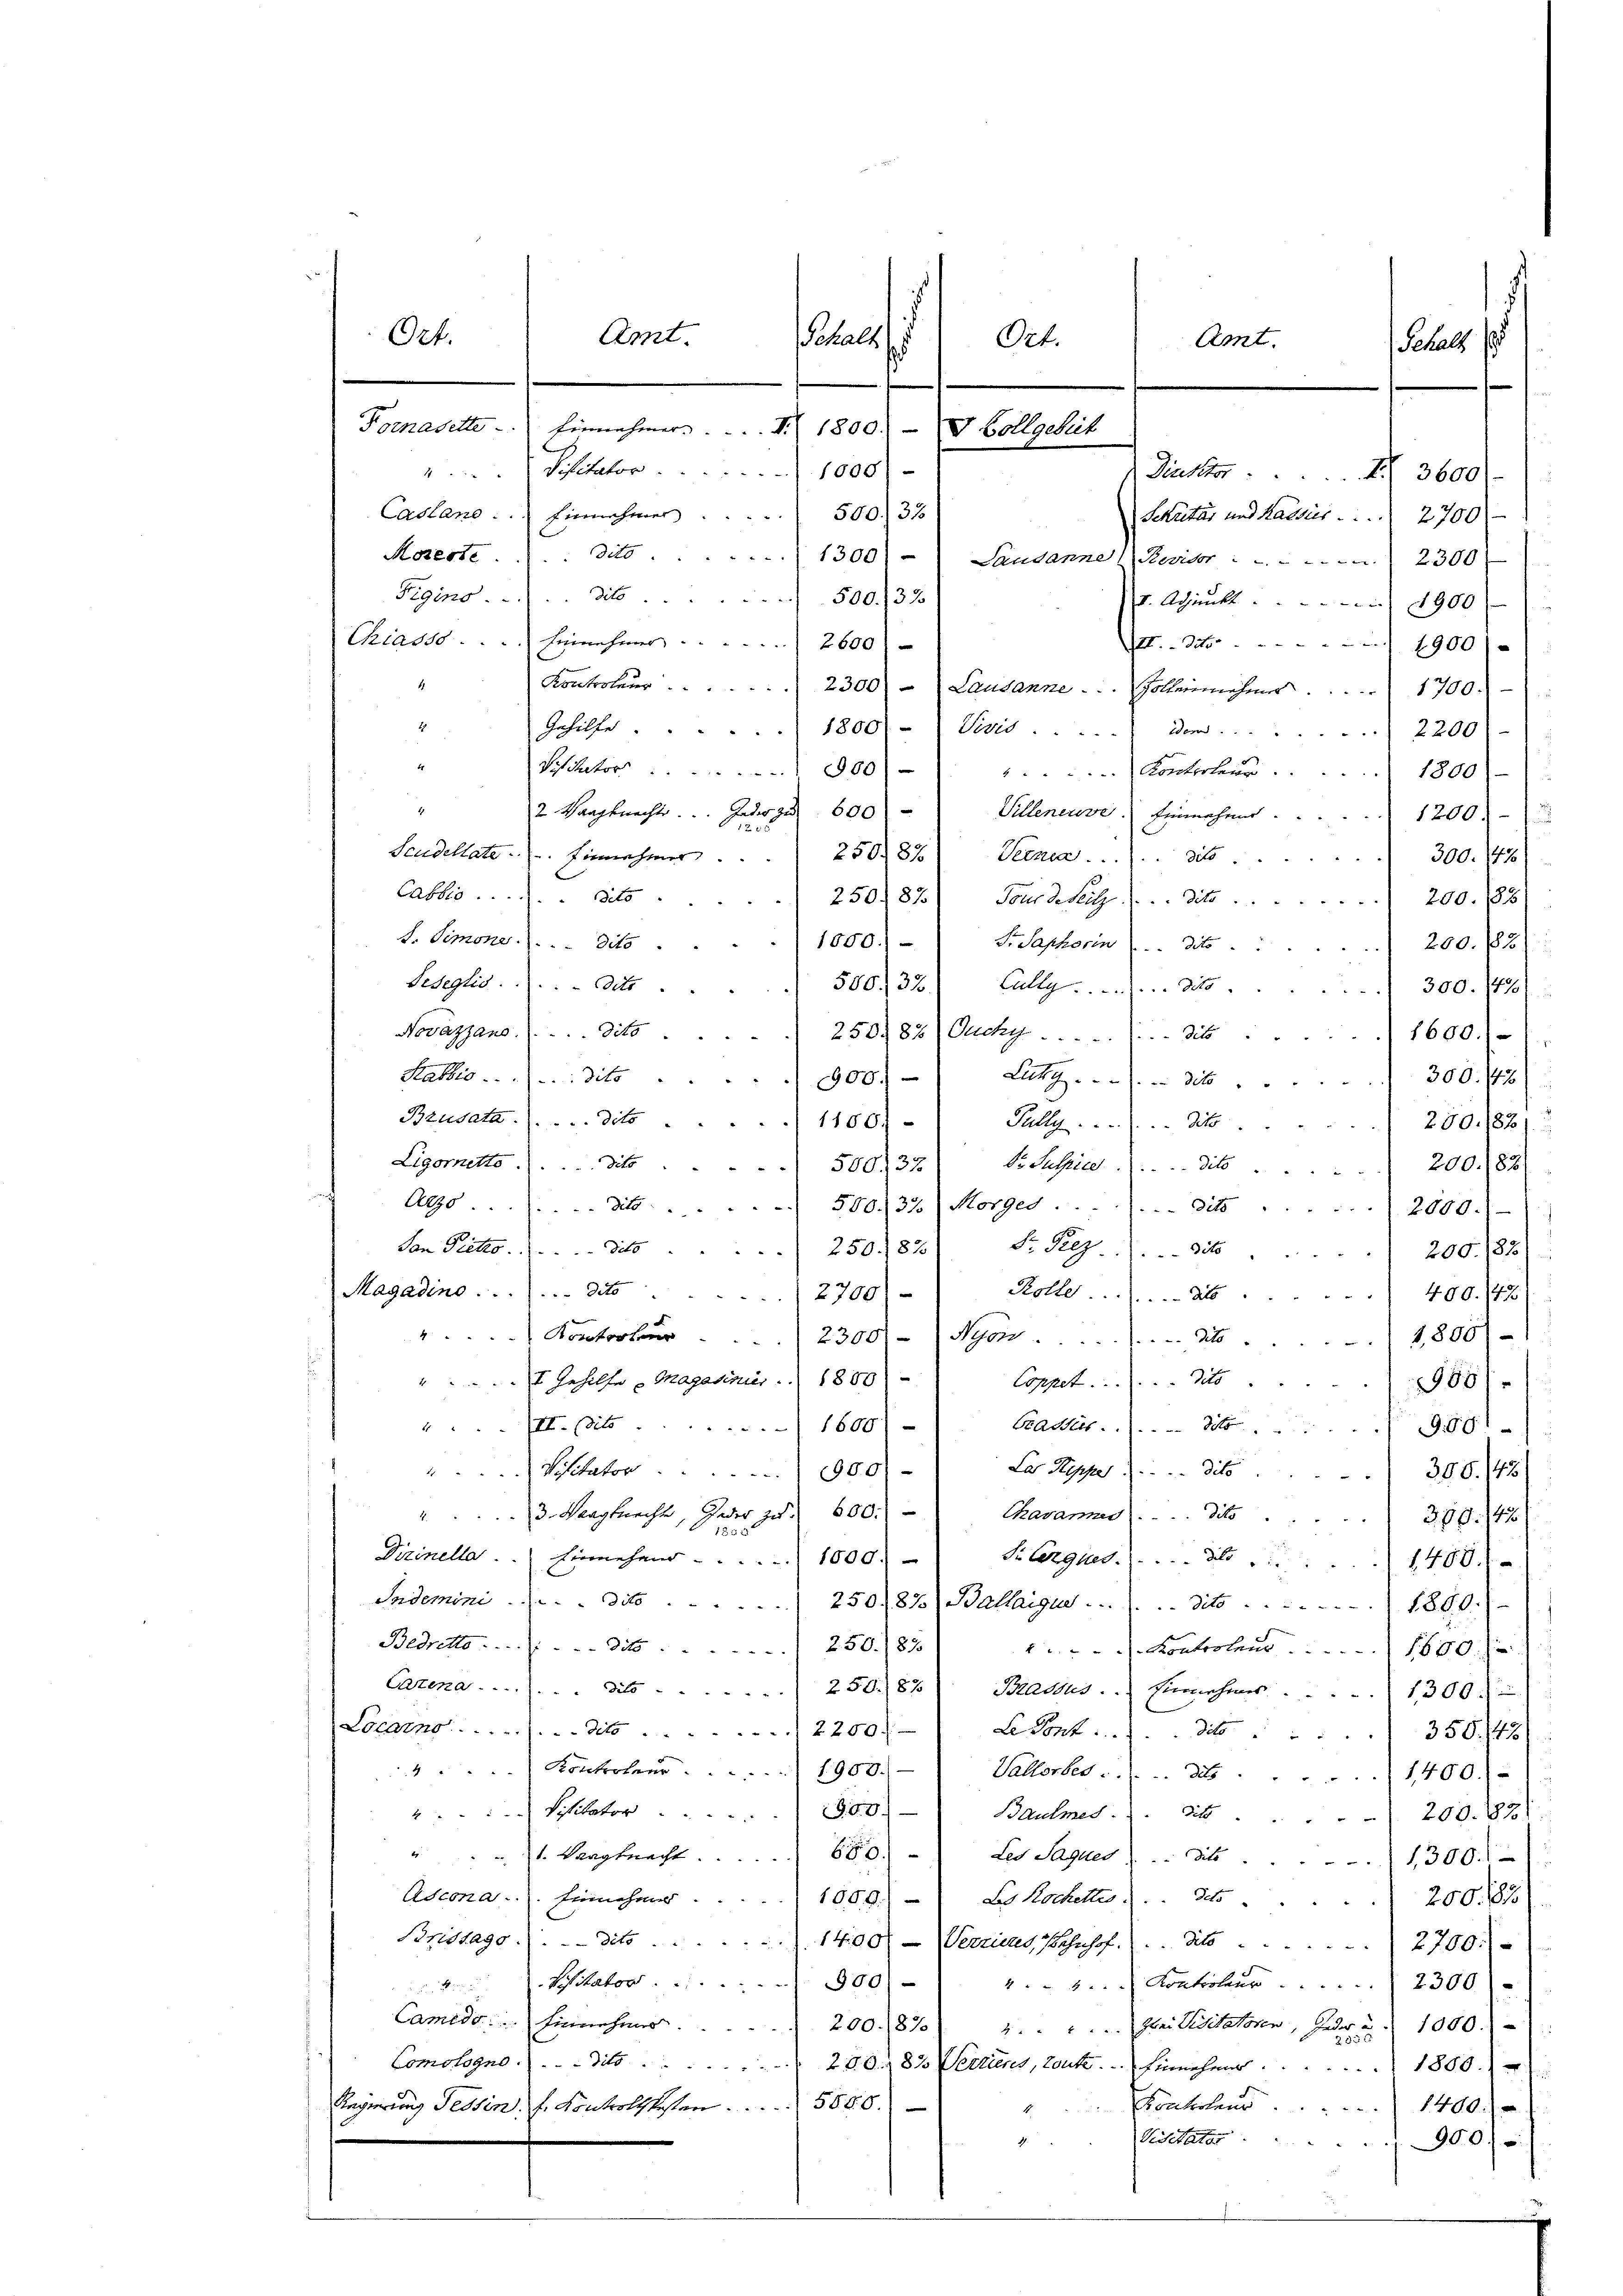
Ort.

4
Kontroleur. 2300) - Lausanne . . . . . . .  Galleinnahmer          1700.-
i
Gehilfe . . 1800 - (Verit ..  .. .. Den 2200
Viator 300
Konterteur. 1800)
4
2 Haagknechte.  ..  Jeder zu 600 - Villeneuve Einnahme.
1200)
Saudellate. Einnahmer 2508% Verner                        dito
300. 193/
Cablis .....dito
250) 87) Tour d. Seitz (. . . dito.
200. 183)
s. Simone. . . . dito.
1050.) —
Fr. Saphorin . . . dito
200. 183)
Sedeglio . . . . Octo
500, 32) Alle . . . . . . dto
300. 1470)
Novazzano.  ...dito.
 250. 82 (Auch  .. ..  ..  .. . die
1600.)
Statio  ..  .. ...dito.
900. - Litt. . . . . di  ..  ..  ..  ..  300. 142)
Bzudata.  .. ...dito. 1180)
Tully . . . . . . . . . dito.
250./82)
Dr. Sulpied  ..  ..  ..  dito
Ligornetts dits . . . . . 380137
200. 182
Arzo.
dit 500/22) Morges ....... dies ... 2000.-)
Dr. Peez to
San Pietro.   Sto
250. 182
200. 182)
Magadino . . . . . . . . . . . . deto
Rolle.  ... 2400. 43
/2700/
"Kontorteur. 2300)-) Nyon ........... 4to 1800)
t Gehilfe Magadinier . . 1800)
Coppet . . . . . . . dito.
986/
III. (dito
Cadet. . . . . 191991
1600)
E
Visitator 1900.
La Superito 306. 143
3. Nangluecht, Jeder zu 600.
Tavannes . . . . dite 300.42)
1
Dirinellar.  ..  .   Einnehmer  ..  ..  .. . . . 1000. Pelergnes. (. . . . dto " " 1400.
Sademini  ..  ..  ..  ..  dit 25087 (Ballaigue .......dito . . . . . . . . 1860.
Bedretto dit 250. 83.
Kontrolen 1600.
Cazena dit 250.87) Bradus. Einnahmes . . . . 1300.
Locarno . . . . . . . . . Tit. 2250).
Le dont . ..  ..  ..                350. 742)
 Kontreten . . . . . . 1900.-
Valtorber ..  ..  1400.-
2. Visitator . . . . 1900)
Baumes dito
 200. 83)
" 1. Maagknecht 680. Les Sagues die 1300.
Ascona. Einnehmer . . . . 1000.) So kochettes . . dto 200. 83
Bristags dito. 1400.- (Verzins, Bahnhof. . . dto 2700.-
 2. Besitator . . . 500
.  ..  Controlier        2300
Camedo.   Einnehmer               200 (870)  ..  ..  ..  Frei Visitatoren, Jeder u. 1000.
Comologus dit 200. 83 Verzens, tout. Einnehmer 1800.
Fonterteur 1400.
Regierung Tessin. F. Kontrolltesten 560. 6.
Visetator . . .
900

Amt.
Fornasette. Einnahmer.  .. ... S. 1800. u Vollgebiet
Visitator 1000.-
Casland. Einnehmer ... 500. 32

aals
Amt.
Ort.
Schals
Dicker 3600/
Sekretär und Kathes . . . . 2700
Moserte . . . . dito. 1300)
Landanne Revisor 2300
Eigens . . . . . dit 500. 32
. Adjunkt. 1900)
Chiasso . . . . Einnehmer . . . . . . 2600
I3t.  ..  ..  ..  ..  1900/

.
s